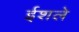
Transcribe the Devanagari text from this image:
ईशले